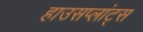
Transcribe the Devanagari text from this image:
हाउसप्लांट्स